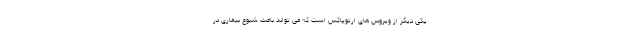
یکی دیگر از ویروس های ارتوپاکس است که می تواند باعث شیوع بیماری در